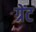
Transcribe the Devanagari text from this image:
ग्रेंट